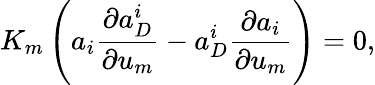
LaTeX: K_{m}\left(a_{i}\frac{\partial a_{D}^{i}}{\partial u_{m}}-a_{D}^{i}\frac{\partial a_{i}}{\partial u_{m}}\right)=0,